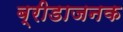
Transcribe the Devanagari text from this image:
ब्रीडाजनक